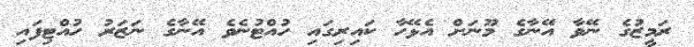
ރަމީޒުގެ ނޭވާ އޭނާގެ މޫނަށް އެޅޭހާ ކައިރިގައި ހުއްޓުނެވެ އޭނާގެ ނަޒަރު ހުއްޓިފައި